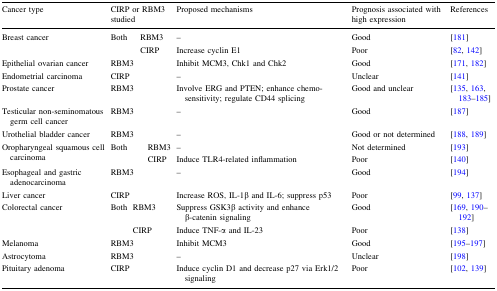
<table><thead><tr><td><b>Cancer type</b></td><td colspan="4"><b>CIRP or RBM3 studied</b></td><td><b>Proposed mechanisms</b></td><td><b>Prognosis associated with high expression</b></td><td><b>References</b></td></tr></thead><tbody><tr><td rowspan="2">Breast cancer</td><td rowspan="2" colspan="2">Both</td><td colspan="2">RBM3</td><td>–</td><td>Good</td><td>[181]</td></tr><tr><td colspan="2">CIRP</td><td>Increase cyclin E1</td><td>Poor</td><td>[82, 142]</td></tr><tr><td>Epithelial ovarian cancer</td><td colspan="4">RBM3</td><td>Inhibit MCM3, Chk1 and Chk2</td><td>Good</td><td>[171, 182]</td></tr><tr><td>Endometrial carcinoma</td><td colspan="4">CIRP</td><td>–</td><td>Unclear</td><td>[141]</td></tr><tr><td>Prostate cancer</td><td colspan="4">RBM3</td><td>Involve ERG and PTEN; enhance chemo-sensitivity; regulate CD44 splicing</td><td>Good and unclear</td><td>[135, 163, 183–185]</td></tr><tr><td>Testicular non-seminomatous germ cell cancer</td><td colspan="4">RBM3</td><td>–</td><td>Good</td><td>[187]</td></tr><tr><td>Urothelial bladder cancer</td><td colspan="4">RBM3</td><td>–</td><td>Good or not determined</td><td>[188, 189]</td></tr><tr><td rowspan="2">Oropharyngeal squamous cell carcinoma</td><td rowspan="2" colspan="3">Both</td><td>RBM3</td><td>–</td><td>Not determined</td><td>[193]</td></tr><tr><td>CIRP</td><td>Induce TLR4-related inflammation</td><td>Poor</td><td>[140]</td></tr><tr><td>Esophageal and gastric adenocarcinoma</td><td colspan="4">RBM3</td><td>–</td><td>Good</td><td>[194]</td></tr><tr><td>Liver cancer</td><td colspan="4">CIRP</td><td>Increase ROS, IL-1β and IL-6; suppress p53</td><td>Poor</td><td>[99, 137]</td></tr><tr><td rowspan="2">Colorectal cancer</td><td rowspan="2">Both</td><td colspan="3">RBM3</td><td>Suppress GSK3β activity and enhance β-catenin signaling</td><td>Good</td><td>[169, 190–192]</td></tr><tr><td colspan="3">CIRP</td><td>Induce TNF-α and IL-23</td><td>Poor</td><td>[138]</td></tr><tr><td>Melanoma</td><td colspan="4">RBM3</td><td>Inhibit MCM3</td><td>Good</td><td>[195–197]</td></tr><tr><td>Astrocytoma</td><td colspan="4">RBM3</td><td>–</td><td>Unclear</td><td>[198]</td></tr><tr><td>Pituitary adenoma</td><td colspan="4">CIRP</td><td>Induce cyclin D1 and decrease p27 via Erk1/2 signaling</td><td>Poor</td><td>[102, 139]</td></tr></tbody></table>